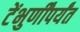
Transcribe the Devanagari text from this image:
टेंभुर्णींपर्यंत